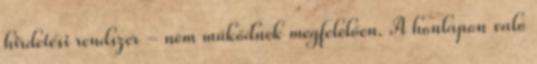
hirdetési rendszer - nem működnek megfelelően. A honlapon való